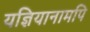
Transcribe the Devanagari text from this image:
यज्ञियानामपि